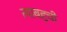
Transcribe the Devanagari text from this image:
त्याबद्दची